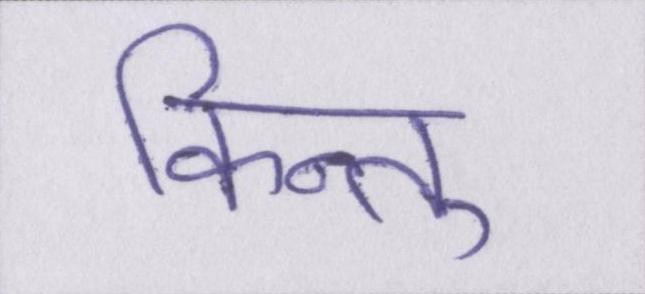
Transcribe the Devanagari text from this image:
किन्तु